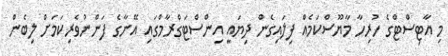
މި އާޓިސްޓްގެ ހުރިހާ މާޔޫސްކަމެއް ފިލައިގެން ދިޔައީ އިންސްޓަގްރާމްގައި އޭނާގެ ފަންނުވެރިކަމަށް ލިބެން